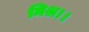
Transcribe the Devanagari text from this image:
मिश्र।।